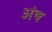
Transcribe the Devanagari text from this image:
अंष